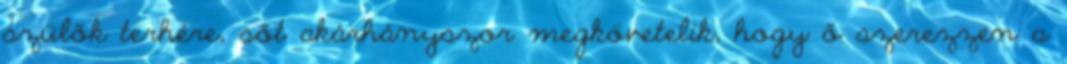
szülők terhére, sőt akárhányszor megkövetelik, hogy ő szerezzen a